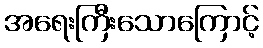
အရေးကြီးသောကြောင့်